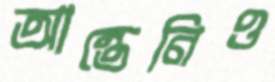
আন্তেনিও